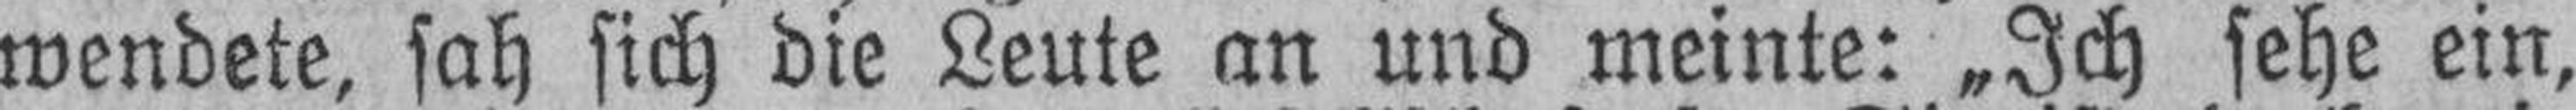
wendete, sah sich die Leute an und meinte: „Ich sehe ein,